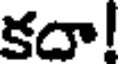
కదా!